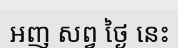
អញ សព្វ ថ្ងៃ នេះ